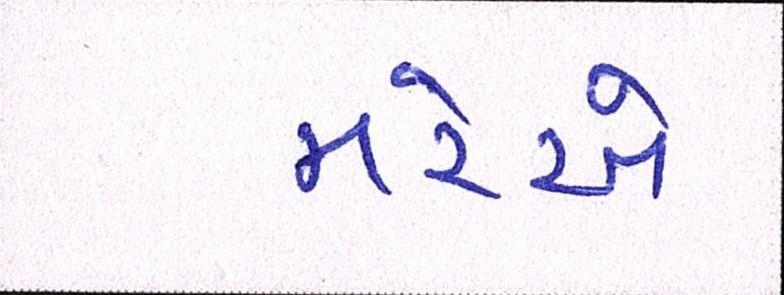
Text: મરેએ